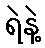
ရဲနဲ့